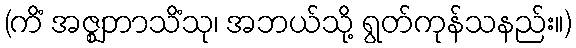
(ကိံ အဇ္ဈဘာသိံသု၊ အဘယ်သို့ ရွတ်ကုန်သနည်း။)